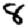
Digit: 8